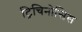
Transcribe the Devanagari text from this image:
ट्रिचिनोसिस